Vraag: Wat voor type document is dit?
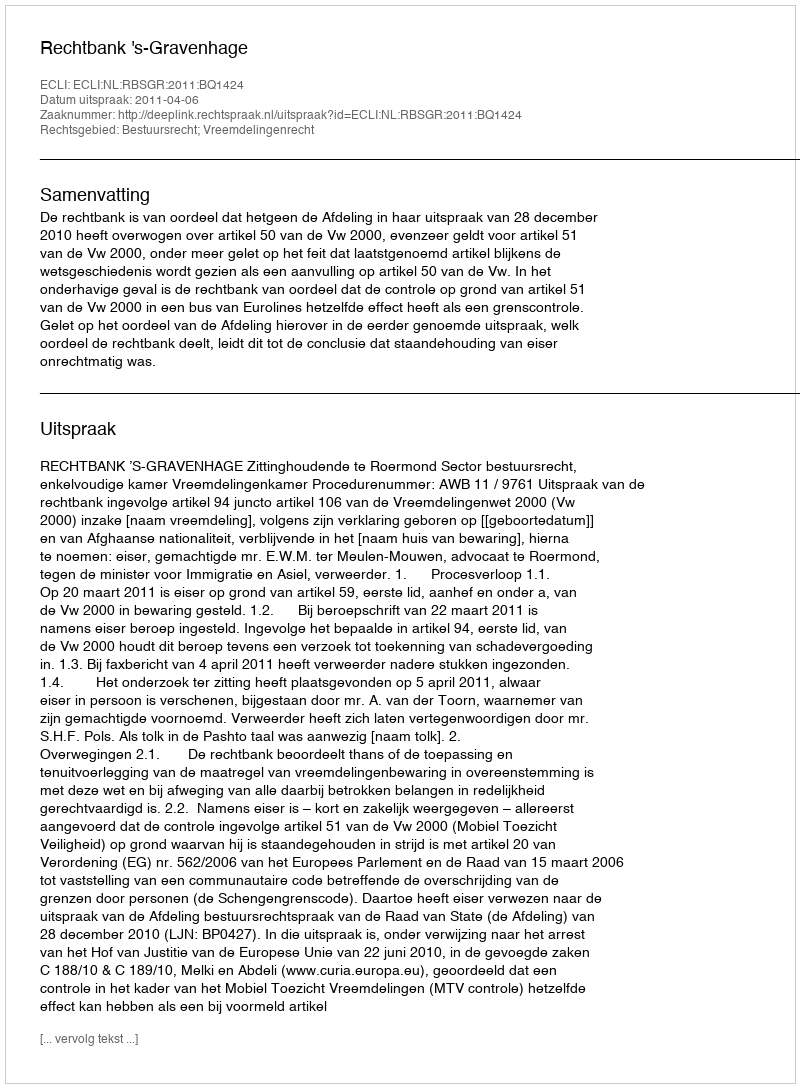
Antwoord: Uitspraak